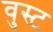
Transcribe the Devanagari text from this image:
वुस्ट